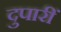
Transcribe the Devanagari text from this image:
दुपारीं